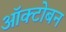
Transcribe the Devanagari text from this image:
ऑक्टोबन